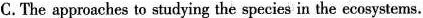
C.The approaches to studying the species in tbe ecosystems .